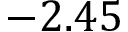
- 2 . 4 5